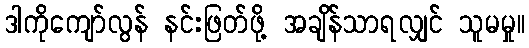
ဒါကိုကျော်လွန် နင်းဖြတ်ဖို့ အချိန်သာရလျှင် သူမမှု။